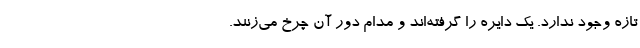
تازه وجود ندارد. یک دایره را گرفته‌اند و مدام دور آن چرخ می‌زنند.